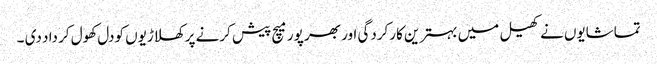
تماشایوں نے کھیل میں بہترین کارکردگی اور بھر پور میچ پیش کرنے پر کھلاڑیوں کودل کھول کر داد دی ۔